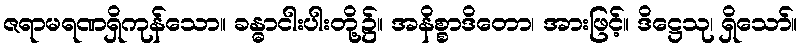
ဇရာမရဏရှိကုန်သော။ ခန္ဓာငါးပါးတို့၌။ အနိစ္စာဒိတော၊ အားဖြင့်။ ဒိဋ္ဌေသု၊ ရှိသော်။